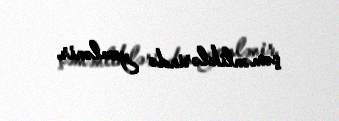
çəmənliklərində yemlənir.